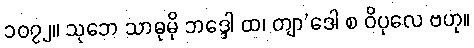
၁၀၇၂။ သုဘေ သာဓုမှိ ဘဒ္ဒေါ ထ၊ တျာ’ဒေါ စ ဝိပုလေ ဗဟု။